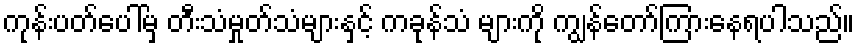
ကုန်းပတ်ပေါ်မှ တီးသံမှုတ်သံများနှင့် ကခုန်သံ များကို ကျွန်တော်ကြားနေရပါသည်။